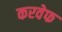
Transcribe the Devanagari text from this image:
करवेफ